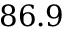
8 6 . 9